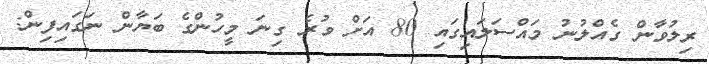
ރިލުވާން ގެއްލުނު މައްސަލައިގައި 80 އަށް ވުރެ ގިނަ މީހުންގެ ބަޔާން ނަގައިފިން: